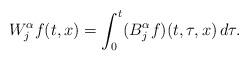
LaTeX: \begin{align*} W_j^\alpha f(t,x) = \int_0^t (B_j^\alpha f)(t,\tau,x)\, d\tau.\end{align*}